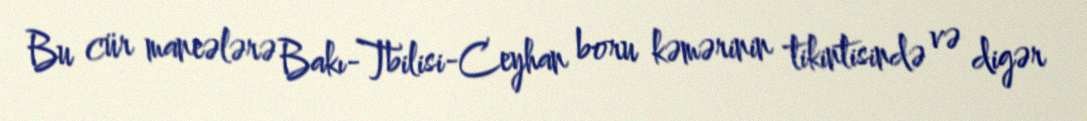
Bu cür maneələrə Bakı-Tbilisi-Ceyhan boru kəmərinin tikintisində və digər